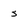
Character: s